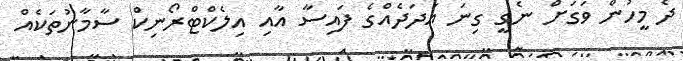
ދެ މީހުން ވަގަށް ނެގީ ގިނަ އަދަދެއްގެ ފައިސާ އާއި އިލެކްޓްރޯނިކް ސާމާނުތަކެއް